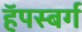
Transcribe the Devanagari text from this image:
हॅपस्बर्ग